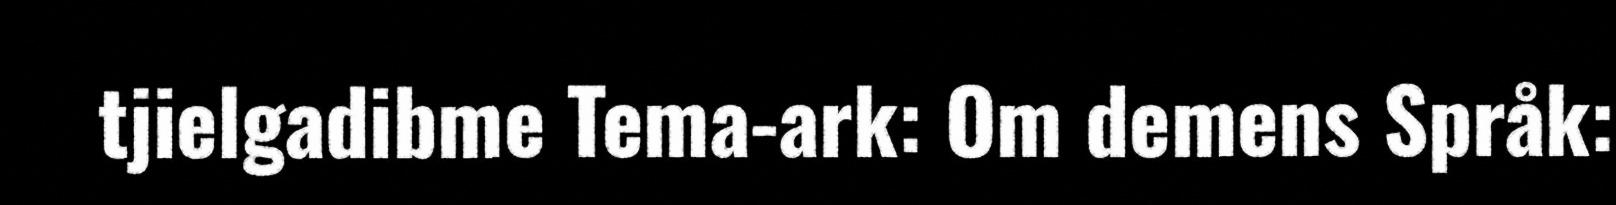
tjielgadibme Tema-ark: Om demens Språk: